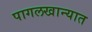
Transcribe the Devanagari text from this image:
पागलखान्यात